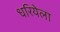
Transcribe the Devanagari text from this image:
धरियेला